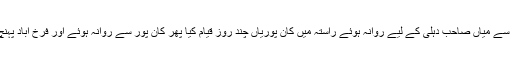
الہ آباد سے میاں صاحب دہلی کے لیے روانہ ہوئے راستہ میں کان پوریاں چند روز قیام کیا پھر کان پور سے روانہ ہوئے اور فرخ آباد پہنچ گئے۔